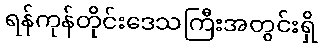
ရန်ကုန်တိုင်းဒေသကြီးအတွင်းရှိ